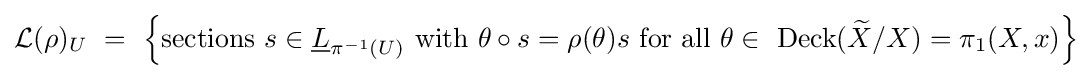
{\mathcal {L}}(\rho )_{U}\ =\ \left\{{\text{sections }}s\in {\underline {L}}_{\pi ^{-1}(U)}{\text{ with }}\theta \circ s=\rho (\theta )s{\text{ for all }}\theta \in {\text{ Deck}}({\widetilde {X}}/X)=\pi _{1}(X,x)\right\}